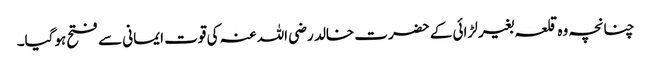
چنانچہ وہ قلعہ بغیر لڑائی کے حضرت خالد رضی اللہ عنہ کی قوت ایمانی سے فتح ہوگیا۔